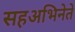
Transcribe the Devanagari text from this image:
सहअभिनेते